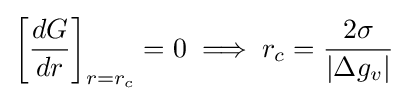
\left[{\frac {dG}{dr}}\right]_{r=r_{c}}=0\implies r_{c}={\frac {2\sigma }{|\Delta g_{v}|}}